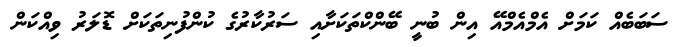
ސަބަބެއް ކަމަށް އެމްއެމްއޭ އިން ބުނީ ބޭންކްތަކަށާއި ސަރުކާރުގެ ކުންފުނިތަކަށް ޑޮލަރު ވިއްކަން